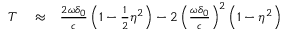
\begin{array} { r l r } { T } & { { } \approx } & { \frac { 2 \omega \delta _ { 0 } } { c } \left( 1 - \frac { 1 } { 2 } \eta ^ { 2 } \right) - 2 \left( \frac { \omega \delta _ { 0 } } { c } \right) ^ { 2 } \left( 1 - \eta ^ { 2 } \right) } \end{array}